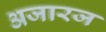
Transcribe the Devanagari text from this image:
अजारज